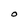
Character: O